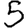
Digit: 5